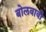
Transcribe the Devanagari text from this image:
बोलवावी